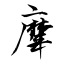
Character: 犘